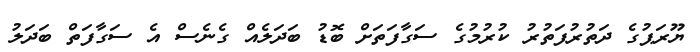
ޔޫރަޕުގެ ދަތުރުފަތުރު ކުރުމުގެ ސަގާފަތަށް ބޮޑު ބަދަލެއް ގެނެސް އެ ސަގާފަތް ބަދަލު